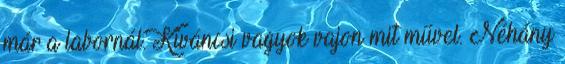
már a labornál. Kíváncsi vagyok vajon mit művel. Néhány